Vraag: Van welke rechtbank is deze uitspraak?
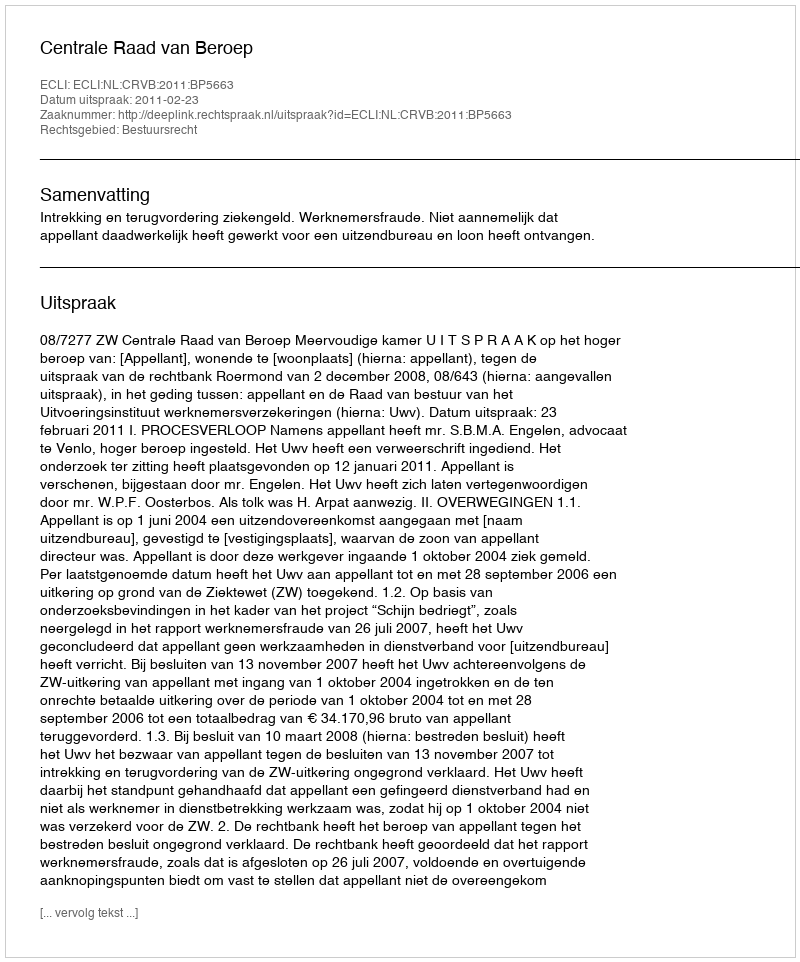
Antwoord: Centrale Raad van Beroep